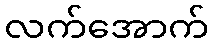
လက်အောက်